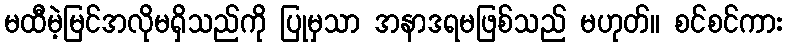
မထီမဲ့မြင်အလိုမရှိသည်ကို ပြုမှသာ အနာဒရမဖြစ်သည် မဟုတ်။ စင်စင်ကား